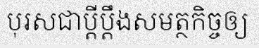
បុរសជាប្តីប្តឹងសមត្ថកិច្ចឲ្យ